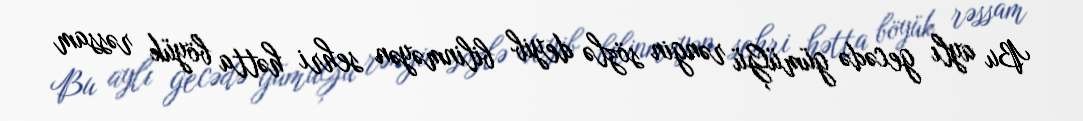
Bu aylı gecədə gümüĢü rəngin sözlə deyib bilinməyən sehri hətta böyük rəssam